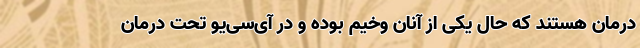
درمان هستند که حال یکی از آنان وخیم بوده و در آی‌سی‌‌یو تحت درمان